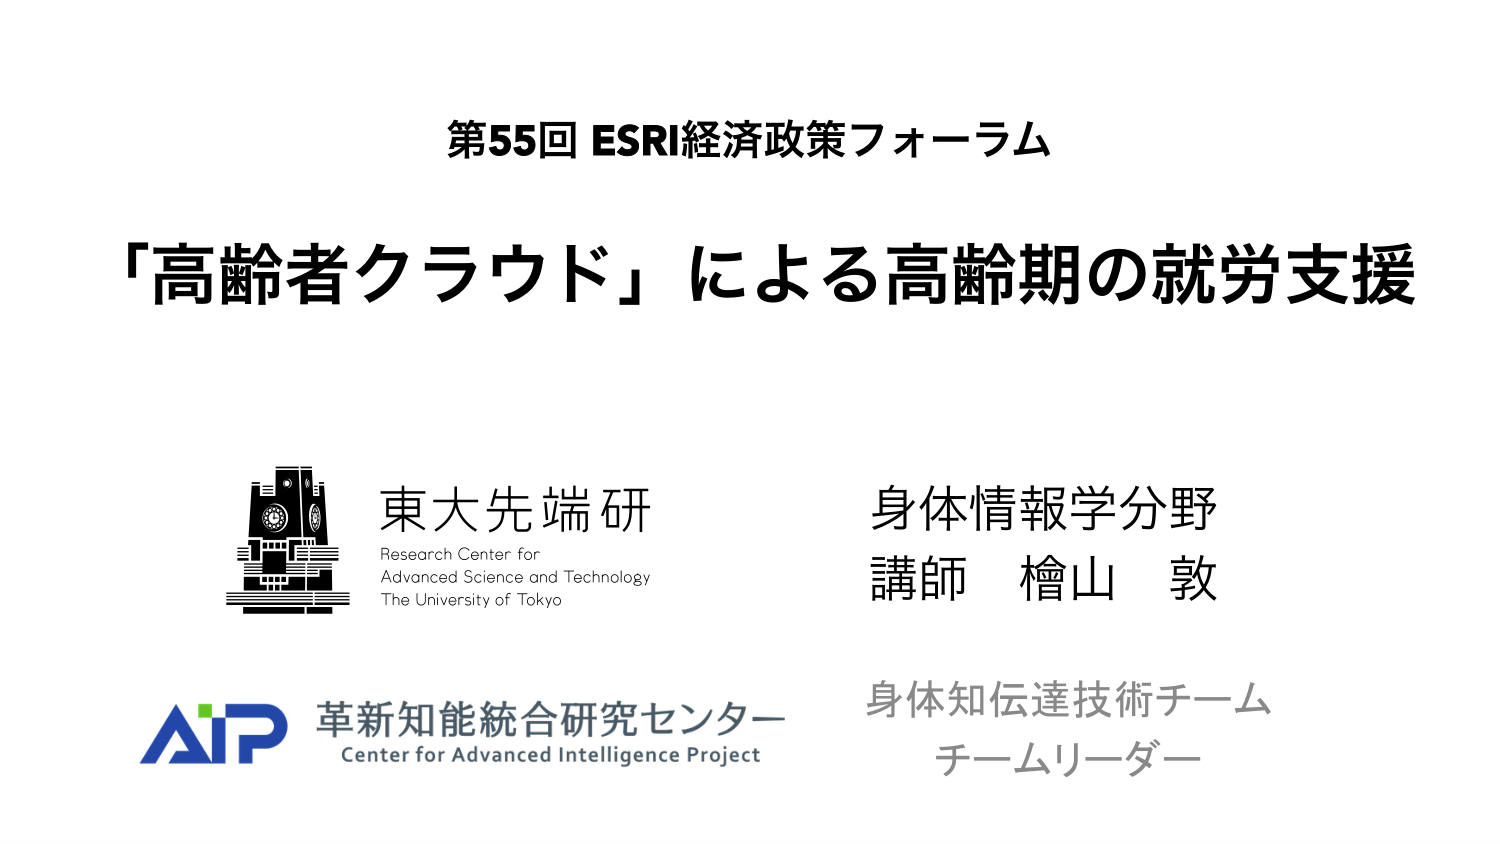
第55回 ESRI経済政策フォーラム
「高齢者クラウド」による高齢期の就労支援

東大先端研
Research Center for
Advanced Science and Technology
The University of Tokyo

身体情報学分野
講師 檜山 敦

AIP 革新知能統合研究センター
Center for Advanced Intelligence Project

身体知伝達技術チーム
チームリーダー